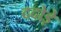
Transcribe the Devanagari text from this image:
ददोड़े